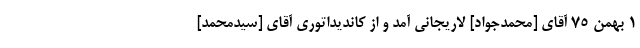
۱ بهمن ۷۵ آقای [محمدجواد] لاریجانی آمد و از کاندیداتوری آقای [سیدمحمد]